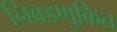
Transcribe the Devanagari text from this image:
निवडणुकित